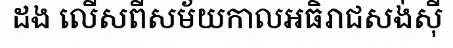
ដង លើសពីសម័យកាលអធិរាជសង់ស៊ី